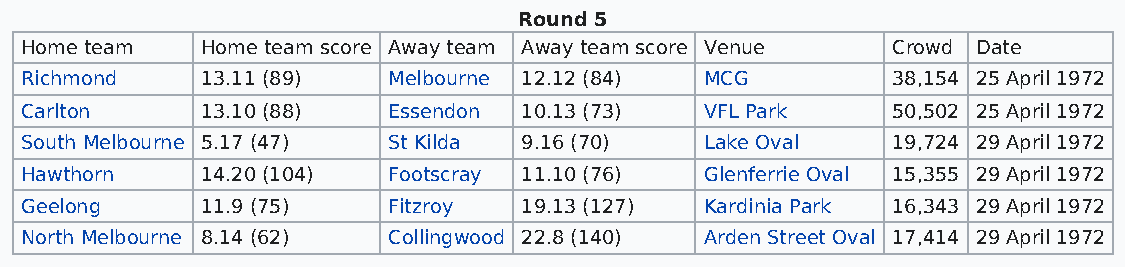
Round 5
 Home team   Home team score Away team Away team score Venue Crowd Date
 Richmond    13.11 (89)   Melbourne 12.12 (84) MCG         38,154 25 April 1972
 Carlton     13.10 (88)   Essendon 10.13 (73)  VFL Park    50,502 25 April 1972
 South Melbourne 5.17 (47) St Kilda 9.16 (70)  Lake Oval   19,724 29 April 1972
 Hawthorn    14.20 (104)  Footscray 11.10 (76) Glenferrie Oval 15,355 29 April 1972
 Geelong     11.9 (75)    Fitzroy  19.13 (127) Kardinia Park 16,343 29 April 1972
 North Melbourne 8.14 (62) Collingwood 22.8 (140) Arden Street Oval 17,414 29 April 1972